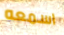
اسمعه